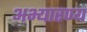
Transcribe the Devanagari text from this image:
अभ्यारण्य